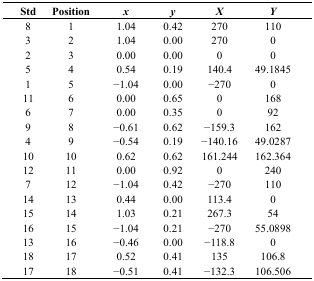
<table><thead><tr><td><b>Std</b></td><td><b>Position</b></td><td><b><i>x</i></b></td><td><b><i>y</i></b></td><td><b><i>X</i></b></td><td><b><i>Y</i></b></td></tr></thead><tbody><tr><td>8</td><td>1</td><td>1.04</td><td>0.42</td><td>270</td><td>110</td></tr><tr><td>3</td><td>2</td><td>1.04</td><td>0.00</td><td>270</td><td>0</td></tr><tr><td>2</td><td>3</td><td>0.00</td><td>0.00</td><td>0</td><td>0</td></tr><tr><td>5</td><td>4</td><td>0.54</td><td>0.19</td><td>140.4</td><td>49.1845</td></tr><tr><td>1</td><td>5</td><td>−1.04</td><td>0.00</td><td>−270</td><td>0</td></tr><tr><td>11</td><td>6</td><td>0.00</td><td>0.65</td><td>0</td><td>168</td></tr><tr><td>6</td><td>7</td><td>0.00</td><td>0.35</td><td>0</td><td>92</td></tr><tr><td>9</td><td>8</td><td>−0.61</td><td>0.62</td><td>−159.3</td><td>162</td></tr><tr><td>4</td><td>9</td><td>−0.54</td><td>0.19</td><td>−140.16</td><td>49.0287</td></tr><tr><td>10</td><td>10</td><td>0.62</td><td>0.62</td><td>161.244</td><td>162.364</td></tr><tr><td>12</td><td>11</td><td>0.00</td><td>0.92</td><td>0</td><td>240</td></tr><tr><td>7</td><td>12</td><td>−1.04</td><td>0.42</td><td>−270</td><td>110</td></tr><tr><td>14</td><td>13</td><td>0.44</td><td>0.00</td><td>113.4</td><td>0</td></tr><tr><td>15</td><td>14</td><td>1.03</td><td>0.21</td><td>267.3</td><td>54</td></tr><tr><td>16</td><td>15</td><td>−1.04</td><td>0.21</td><td>−270</td><td>55.0898</td></tr><tr><td>13</td><td>16</td><td>−0.46</td><td>0.00</td><td>−118.8</td><td>0</td></tr><tr><td>18</td><td>17</td><td>0.52</td><td>0.41</td><td>135</td><td>106.8</td></tr><tr><td>17</td><td>18</td><td>−0.51</td><td>0.41</td><td>−132.3</td><td>106.506</td></tr></tbody></table>